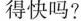
得快吗？